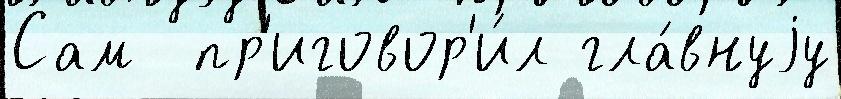
Сам  пр'иговор'и́л гла́внуjу